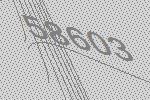
58603